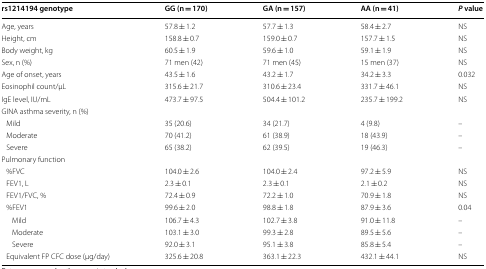
| rs1214194 genotype | GG (n = 170) | GA (n = 157) | AA (n = 41) | P value |
 | --- | --- | --- | --- | --- |
 | Age, years | 57.8 ± 1.2 | 57.7 ± 1.3 | 58.4 ± 2.7 | NS |
 | Height, cm | 158.8 ± 0.7 | 159.0 ± 0.7 | 157.7 ± 1.5 | NS |
 | Body weight, kg | 60.5 ± 1.9 | 59.6 ± 1.0 | 59.1 ± 1.9 | NS |
 | Sex, n (%) | 71 men (42) | 71 men (45) | 15 men (37) | NS |
 | Age of onset, years | 43.5 ± 1.6 | 43.2 ± 1.7 | 34.2 ± 3.3 | 0.032 |
 | Eosinophil count/μL | 315.6 ± 21.7 | 310.6 ± 23.4 | 331.7 ± 46.1 | NS |
 | IgE level, IU/mL | 473.7 ± 97.5 | 504.4 ± 101.2 | 235.7 ± 199.2 | NS |
 | <COLSPAN=5> GINA asthma severity, n (%) |
 | Mild | 35 (20.6) | 34 (21.7) | 4 (9.8) | – |
 | Moderate | 70 (41.2) | 61 (38.9) | 18 (43.9) | – |
 | Severe | 65 (38.2) | 62 (39.5) | 19 (46.3) | – |
 | <COLSPAN=5> Pulmonary function |
 | %FVC | 104.0 ± 2.6 | 104.0 ± 2.4 | 97.2 ± 5.9 | NS |
 | FEV1, L | 2.3 ± 0.1 | 2.3 ± 0.1 | 2.1 ± 0.2 | NS |
 | FEV1/FVC, % | 72.4 ± 0.9 | 72.2 ± 1.0 | 70.9 ± 1.8 | NS |
 | %FEV1 | 99.6 ± 2.0 | 98.8 ± 1.8 | 87.9 ± 3.6 | 0.04 |
 | Mild | 106.7 ± 4.3 | 102.7 ± 3.8 | 91.0 ± 11.8 | – |
 | Moderate | 103.1 ± 3.0 | 99.3 ± 2.8 | 89.5 ± 5.6 | – |
 | Severe | 92.0 ± 3.1 | 95.1 ± 3.8 | 85.8 ± 5.4 | – |
 | Equivalent FP CFC dose (μg/day) | 325.6 ± 20.8 | 363.1 ± 22.3 | 432.1 ± 44.1 | NS |